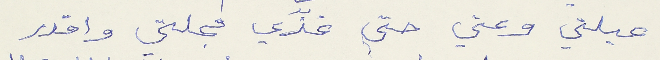
عيلتي وعني حتى غذّي مجلتي واقدر